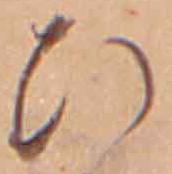
ひ